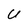
Character: U